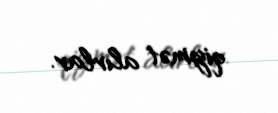
qiymət alırlar.